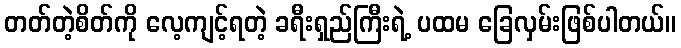
တတ်တဲ့စိတ်ကို လေ့ကျင့်ရတဲ့ ခရီးရှည်ကြီးရဲ့ ပထမ ခြေလှမ်းဖြစ်ပါတယ်။